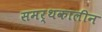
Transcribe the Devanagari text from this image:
समर्थकालीन